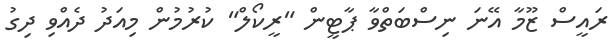
ރަައީސް ޒޫމާ އޭނަ ނިސްބަތްވާ ޕާޓީން "ރީކޯލް" ކުރުމުން މިއަދު ދެއްވި ދިގު